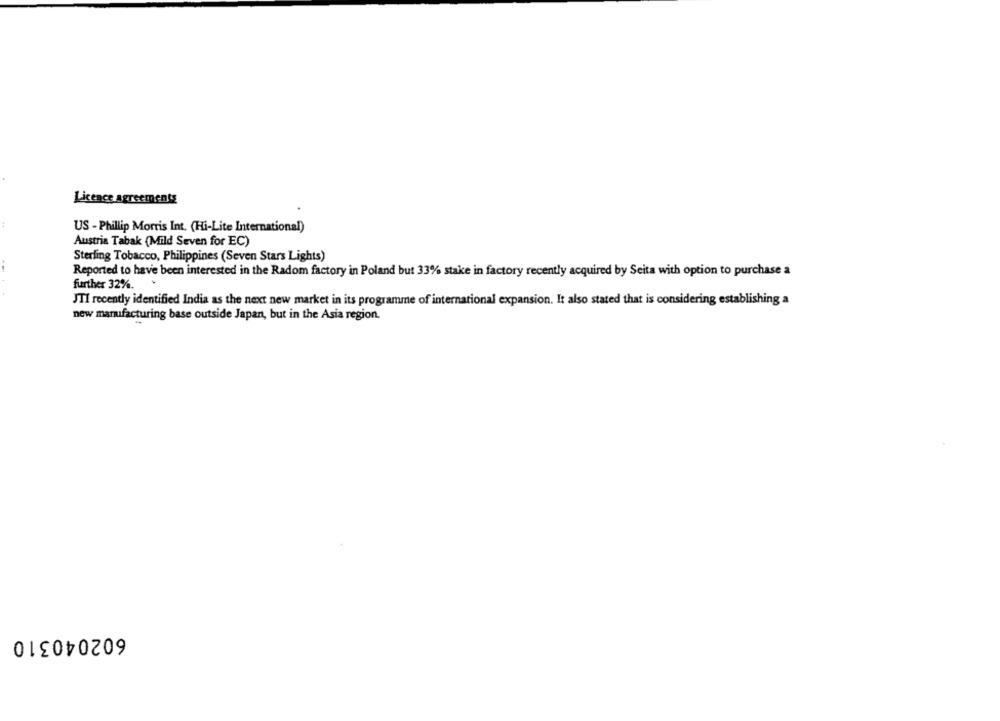
Licence agreements
US - Phillip Morris Int. (Hi-Lite International)
Austria Tabak (Mild Seven for EC)
Sterling Tobacco, Philippines (Seven Stars Lights)
Reported to have been interested in the Radom factory in Poland but 33% stake in factory recently acquired by Seita with option to purchase a
further 32%.
JTI recently identified India as the next new market in its programme of international expansion. It also stated that is considering establishing a
new manufacturing base outside Japan, but in the Asia region.
602040310